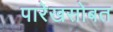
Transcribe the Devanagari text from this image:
पारेखसोबत